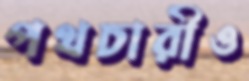
পথচারীও